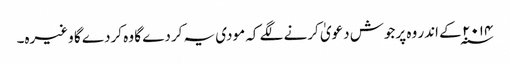
۲۰۱۴ ؁ کے اندر وہ پرجوش دعویٰ کرنے لگے کہ مودی یہ کردے گا وہ کردے گا وغیرہ۔